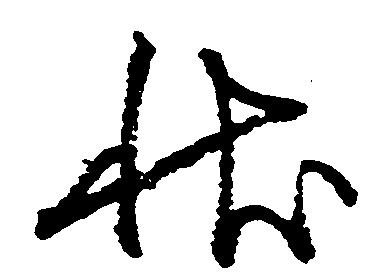
状